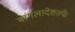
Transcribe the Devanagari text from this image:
बांगलादेशतर्फे